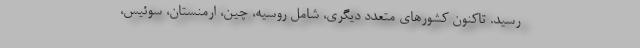
رسید. تاکنون کشورهای متعدد دیگری، شامل روسیه، چین، ارمنستان، سوئیس،